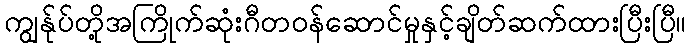
ကျွန်ုပ်တို့အကြိုက်ဆုံးဂီတဝန်ဆောင်မှုနှင့်ချိတ်ဆက်ထားပြီးပြီ။